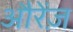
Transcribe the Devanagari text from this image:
औरेंज़